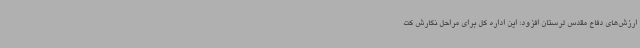
ارزش‌های دفاع مقدس لرستان افزود: این اداره کل برای مراحل نگارش کت